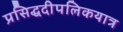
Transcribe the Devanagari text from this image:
प्रसिद्धदीपलिकयात्र